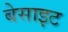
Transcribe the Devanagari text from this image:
बेसाइट